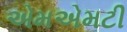
એમએમટી